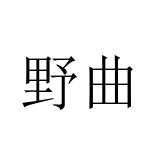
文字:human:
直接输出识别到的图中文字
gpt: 野曲